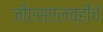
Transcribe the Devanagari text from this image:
जीएसएलव्हीचे